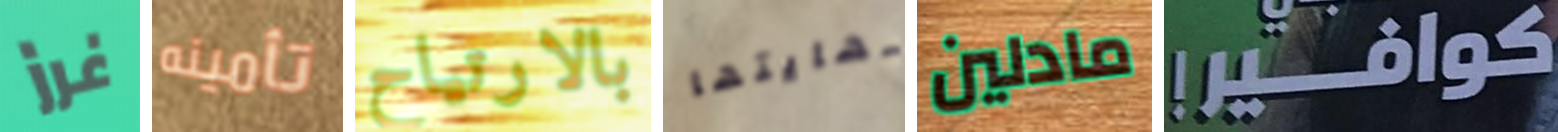
غرز تأمينه بالارتياح نهايتها مادلين !كوافير